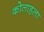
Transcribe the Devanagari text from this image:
कोलाहला